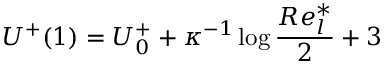
U ^ { + } ( 1 ) = U _ { 0 } ^ { + } + \kappa ^ { - 1 } \log \frac { R e _ { l } ^ { * } } { 2 } + 3